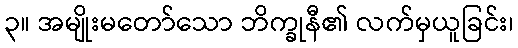
၃။ အမျိုးမတော်သော ဘိက္ခုနီ၏ လက်မှယူခြင်း၊